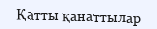
Қатты қанаттылар